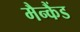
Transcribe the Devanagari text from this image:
मैन्कैंड